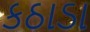
કઠાડા